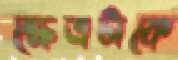
ক্ষেত্রটাকে